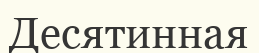
Десятинная